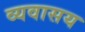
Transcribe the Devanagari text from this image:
व्यवासय